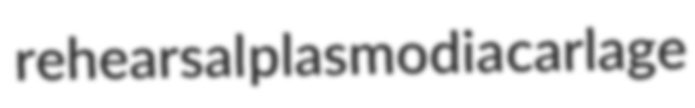
rehearsal plasmodia carlage